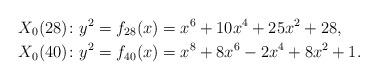
LaTeX: \begin{align*}X_0(28)\colon y^2 &= f_{28}(x)=x^6+10x^4+25x^2+28,\\X_0(40)\colon y^2 &= f_{40}(x)=x^8+8x^6-2x^4+8x^2+1.\end{align*}